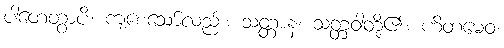
ပါတေတွာပိ၊ ကျစေသော်လည်း။ သတ္တာနံ၊ သတ္တဝါတို့၏။ ဟိတမေဝ၊